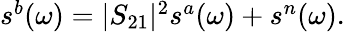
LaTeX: \begin{array}{r}{s^{b}(\omega)=|S_{21}|^{2}s^{a}(\omega)+s^{n}(\omega).}\end{array}